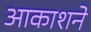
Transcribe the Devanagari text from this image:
आकाशने